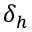
\delta _ { h }